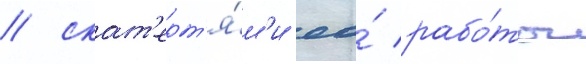
/ скат'ерт'я́м'и ео́ рабо́ты